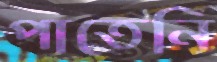
পাতেনি